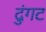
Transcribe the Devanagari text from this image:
दुंगट